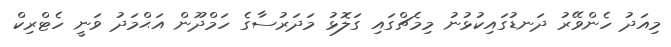
މިއަދު ހެންވޭރު ދަނޑުގައިކުޅުނު މިމެޗްގައި ގަލޮޅު މަދަރުސާގެ ހަމްދޫން އަޙްމަދު ވަނީ ހެޓްރިކް